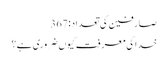
صارفین کی تعداد:367
خدا کی معرفت کیوں ضروری ہے؟